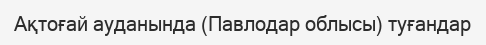
Ақтоғай ауданында (Павлодар облысы) туғандар